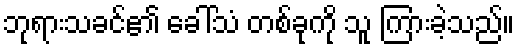
ဘုရားသခင်၏ ခေါ်သံ တစ်ခုကို သူ ကြားခဲ့သည်။